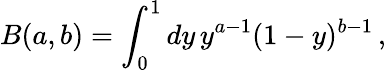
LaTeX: B(a,b)=\int_{0}^{1}dy\, y^{a-1}(1-y)^{b-1}\, ,